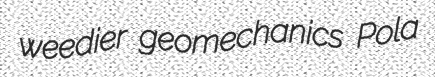
weedier geomechanics Pola